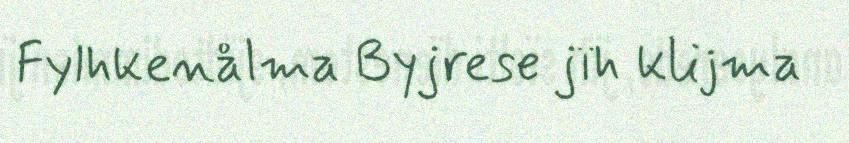
Fylhkenålma Byjrese jïh klijma